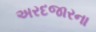
અરદજારના